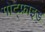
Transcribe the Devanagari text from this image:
गोट्फ्राइड